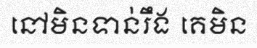
នៅមិនទាន់រឹង គេមិន